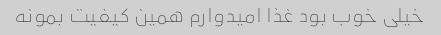
خیلی خوب بود غذا امیدوارم همین کیفیت بمونه